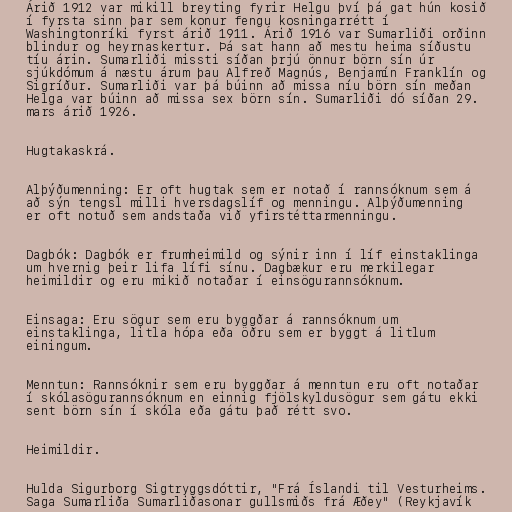
Árið 1912 var mikill breyting fyrir Helgu því þá gat hún kosið
í fyrsta sinn þar sem konur fengu kosningarrétt í
Washingtonríki fyrst árið 1911. Árið 1916 var Sumarliði orðinn
blindur og heyrnaskertur. Þá sat hann að mestu heima síðustu
tíu árin. Sumarliði missti síðan þrjú önnur börn sín úr
sjúkdómum á næstu árum þau Alfreð Magnús, Benjamín Franklín og
Sigríður. Sumarliði var þá búinn að missa níu börn sín meðan
Helga var búinn að missa sex börn sín. Sumarliði dó síðan 29.
mars árið 1926.

Hugtakaskrá.

Alþýðumenning: Er oft hugtak sem er notað í rannsóknum sem á
að sýn tengsl milli hversdagslíf og menningu. Alþýðumenning
er oft notuð sem andstaða við yfirstéttarmenningu.

Dagbók: Dagbók er frumheimild og sýnir inn í líf einstaklinga
um hvernig þeir lifa lífi sínu. Dagbækur eru merkilegar
heimildir og eru mikið notaðar í einsögurannsóknum.

Einsaga: Eru sögur sem eru byggðar á rannsóknum um
einstaklinga, litla hópa eða öðru sem er byggt á litlum
einingum.

Menntun: Rannsóknir sem eru byggðar á menntun eru oft notaðar
í skólasögurannsóknum en einnig fjölskyldusögur sem gátu ekki
sent börn sín í skóla eða gátu það rétt svo.

Heimildir.

Hulda Sigurborg Sigtryggsdóttir, "Frá Íslandi til Vesturheims.
Saga Sumarliða Sumarliðasonar gullsmiðs frá Æðey" (Reykjavík